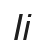
Іі